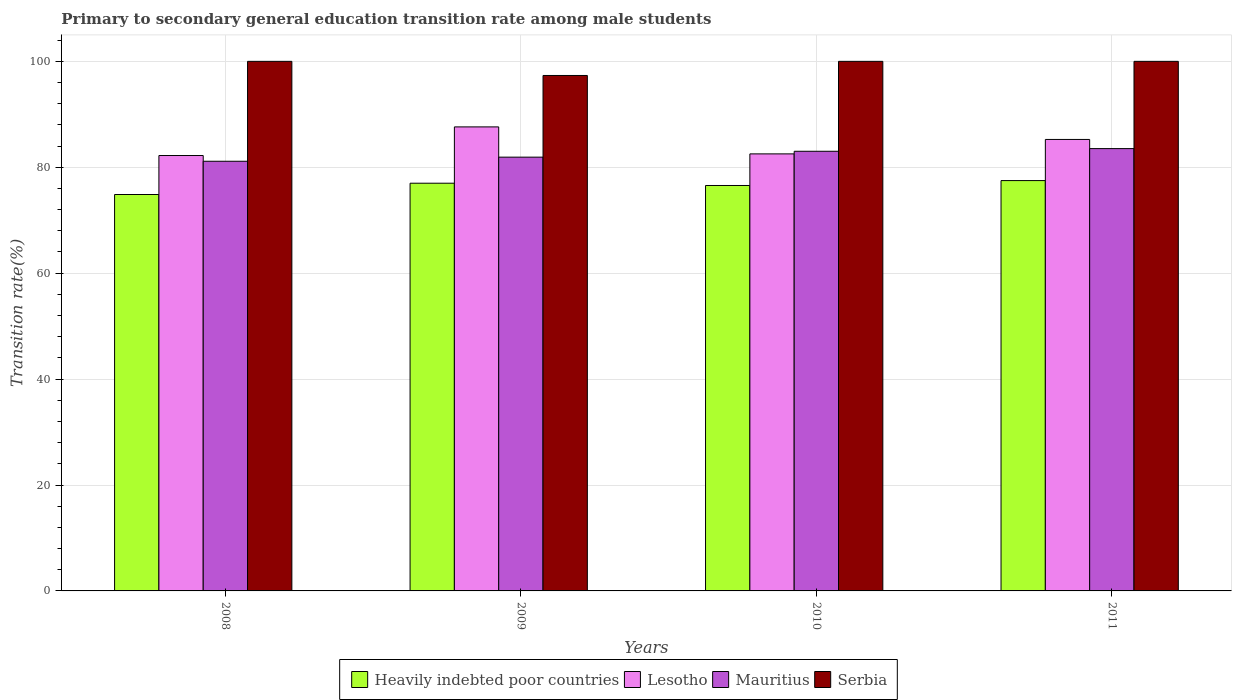
| Years | Heavily indebted poor countries | Lesotho | Mauritius | Serbia |
 | --- | --- | --- | --- | --- |
 | 2008 | 74.9 | 82.2 | 81.1 | 100 |
 | 2009 | 77 | 87.6 | 81.9 | 97.3 |
 | 2010 | 76.6 | 82.5 | 83 | 100 |
 | 2011 | 77.5 | 85.3 | 83.5 | 100 |